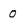
Character: 0